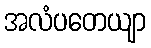
အလံပတေယျာ